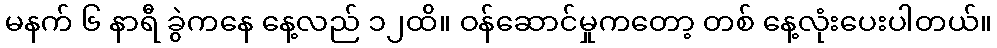
မနက် ၆ နာရီ ခွဲကနေ နေ့လည် ၁၂ထိ။ ဝန်ဆောင်မှုကတော့ တစ် နေ့လုံးပေးပါတယ်။